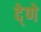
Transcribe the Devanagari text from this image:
दे्णे